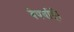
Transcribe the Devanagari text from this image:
बेपर्वाही